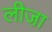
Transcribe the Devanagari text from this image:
लीजा़